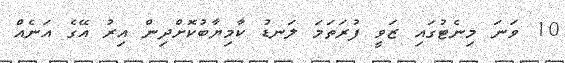
10 ވަނަ މިނެޓުގައި ޒަވީ ފުރަތަމަ ލަނޑު ކާމިޔާބުކޮށްދިން އިރު އޭގެ އަނެއް